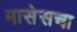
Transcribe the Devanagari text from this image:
मासेसचा